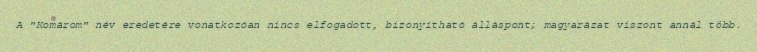
A "Komárom" név eredetére vonatkozóan nincs elfogadott, bizonyítható álláspont; magyarázat viszont annál több.